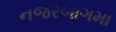
નજરબાગમા